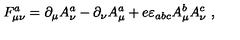
F _ { \mu \nu } ^ { a } = \partial _ { \mu } A _ { \nu } ^ { a } - \partial _ { \nu } A _ { \mu } ^ { a } + e \varepsilon _ { a b c } A _ { \mu } ^ { b } A _ { \nu } ^ { c } \ ,